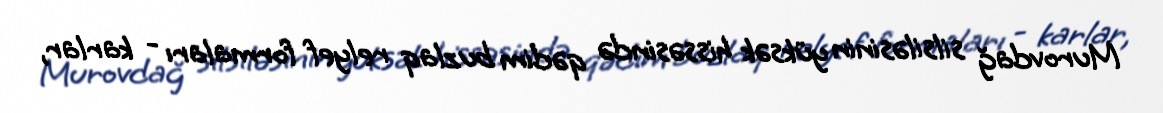
Murovdağ silsiləsinin yüksək hissəsində qədim buzlaq relyef formaları - karlar,